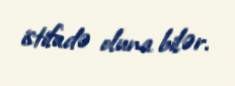
istifadə oluna bilər.